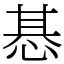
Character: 惎